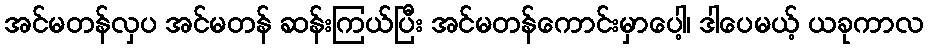
အင်မတန်လှပ အင်မတန် ဆန်းကြယ်ပြီး အင်မတန်ကောင်းမှာပေါ့၊ ဒါပေမယ့် ယခုကာလ